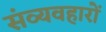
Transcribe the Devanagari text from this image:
संव्यवहारों